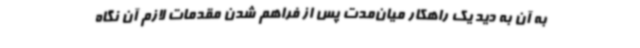
به آن به دید یک راهکار میان‌مدت پس از فراهم شدن مقدمات لازم آن نگاه